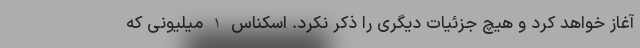
آغاز خواهد کرد و هیچ جزئیات دیگری را ذکر نکرد. اسکناس 1 میلیونی که